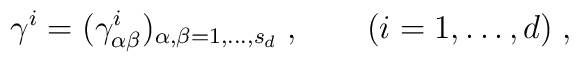
\gamma^i=(\gamma^i_{\alpha\beta})_{\alpha,\beta=1,\ldots,s_d}\;,\qquad(i=1,\ldots,d)\;,